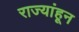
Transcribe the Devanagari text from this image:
राज्यांहून